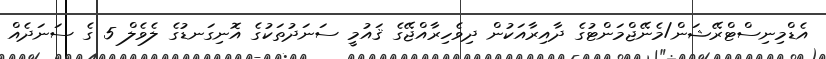
އެޑްމިނިސްޓްރޭޝަން/މެނޭޖްމަންޓުގެ ދާއިރާއަކުން ދިވެހިރާއްޖޭގެ ޤައުމީ ސަނަދުތަކުގެ އޮނިގަނޑުގެ ލެވެލް 5 ގެ ސަނަދެއް